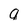
Character: q